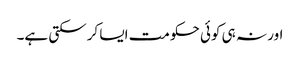
اور نہ ہی کوئی حکومت ایسا کرسکتی ہے۔